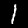
Label: 1